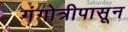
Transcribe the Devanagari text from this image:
गंगोत्रीपासून